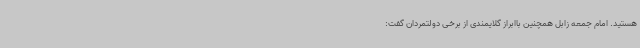
هستید. امام جمعه زابل همچنین باابراز گلایمندی از برخی دولتمردان گفت: